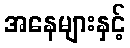
အနေများနှင့်